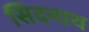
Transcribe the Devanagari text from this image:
सिदनाथ